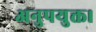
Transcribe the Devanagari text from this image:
अनुपयुक्त।